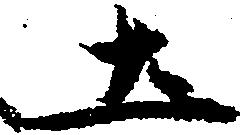
土